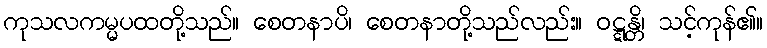
ကုသလကမ္မပထတို့သည်။ စေတနာပိ၊ စေတနာတို့သည်လည်း။ ဝဋ္ဋန္တိ၊ သင့်ကုန်၏။